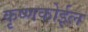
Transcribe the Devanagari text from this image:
कृष्णकोईल